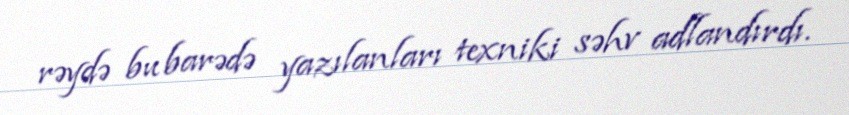
rəydə bu barədə yazılanları texniki səhv adlandırdı.